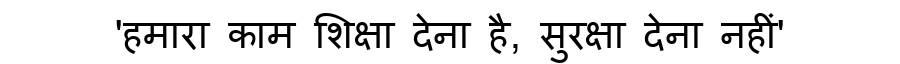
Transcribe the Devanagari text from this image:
'हमारा काम शिक्षा देना है, सुरक्षा देना नहीं'